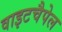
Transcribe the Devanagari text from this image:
वाइटचैपेल